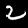
Label: 2